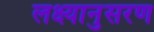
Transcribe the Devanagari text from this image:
लक्ष्यानुसरण